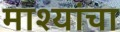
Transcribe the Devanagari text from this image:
माश्यांचा